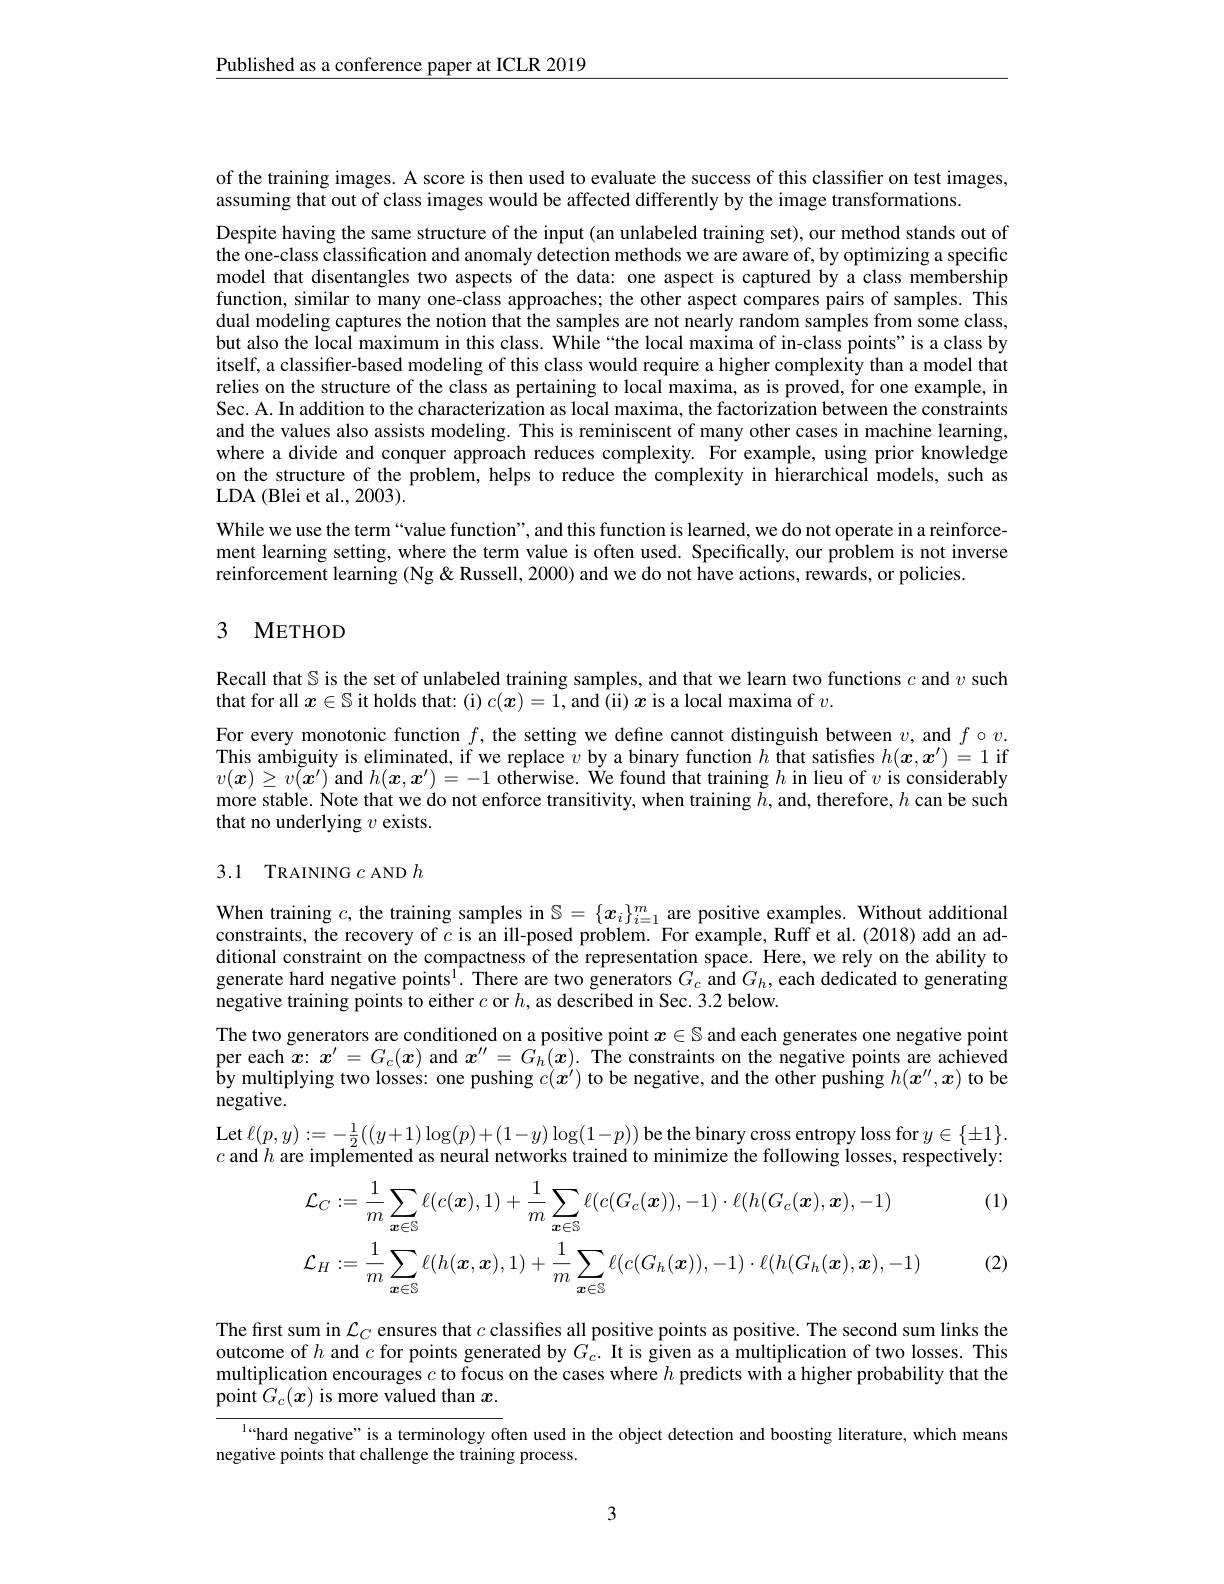
$\underline{\text{Published as a conference paper at ICLR 2019}}$

of the training images. A score is then used to evaluate the success of this classifier on test images,
assuming that out of class images would be affected differently by the image transformations.

Despite having the same structure of the input (an unlabeled training set), our method stands out of the one-class classification and anomaly detection methods we are aware of, by optimizing a specific model that disentangles two aspects of the data: one aspect is captured by a class membership function, similar to many one-class approaches; the other aspect compares pairs of samples. This dual modeling captures the notion that the samples are not nearly random samples from some class, but also the local maximum in this class. While “the local maxima of in-class points" is a class by itself, a classifier-based modeling of this class would require a higher complexity than a model that relies on the structure of the class as pertaining to local maxima, as is proved, for one example, in Sec. A. In addition to the characterization as local maxima, the factorization between the constraints and the values also assists modeling. This is reminiscent of many other cases in machine learning, where a divide and conquer approach reduces complexity. For example, using prior knowledge on the structure of the problem, helps to reduce the complexity in hierarchical models, such as LDA (Blei et al., 2003).
While we use the term“value function”, and this function is learned, we do not operate in a reinforcement learning setting, where the term value is often used. Specifically, our problem is not inverse reinforcement learning (Ng &Russell, 2000) and we do not have actions, rewards, or policies.

## 3 METHOD

Recall that $\mathbb{S}$ is the set of unlabeled training samples, and that we learn two functions $c$ and $v$ such
that for all $x\in\mathbb{S}$ it holds that: (i) $c(\boldsymbol{x})=1$, and (ii) $\boldsymbol{x}$ is a local maxima of $v.$
For every monotonic function $f$, the setting we define cannot distinguish between $v$, and $f\circ v.$ This ambiguity is eliminated, if we replace $v$ by a binary function $h$ that satisfies $h(\boldsymbol{x},\boldsymbol{x}^{\prime})=1$ if $v(\boldsymbol{x})\geq v\tilde{(\boldsymbol{x}^{\prime})}$ and $h(\boldsymbol{x},\boldsymbol{x}^{\prime})=-1$ otherwise. We found that training $h$ in lieu of $v$ is considerably more stable. Note that we do not enforce transitivity, when training $\tilde{h}$, and, therefore, $h$ can be such that no underlying $v$ exists.

## 3.1 TRAINING $c$ AND $h$

When training $c$, the training samples in $\mathbb{S}=\{x_i\}_{i=1}^m$ are positive examples. Without additional constraints, the recovery of $c$ is an ill-posed problem. For example, Ruff et al.(2018) add an additional constraint on the compactness of the representation space. Here, we rely on the ability to generate hard negative points$^{\mathrm{l}}.$ There are two generators $G_c$ and $G_h$, each dedicated to generating negative training points to either $c$ or $h$, as described in Sec. 3.2 below.
The two generators are conditioned on a positive point $x\in\mathbb{S}$ and each generates one negative point per each $x:x^\prime=G_c(x)$ and $x^{\prime\prime}=G_h(x).$ The constraints on the negative points are achieved $\hat{\text{by multiplying two losses: one pushing }c(x^{\prime})\text{ to be negative, and the other pushing }h(x^{\prime\prime},x)\text{ to be}}$ negative.
$\operatorname{Let}\ell(p,y):=-\frac12((y+1)\log(p)+(1-y)\log(1-p))$ be the binary cross entropy loss for $y\in\{\pm1\}.$ $c$ and $h\bar\text{ are implemented as neural networks trained to minimize the following losses, respectively:}$

(1)
$$\mathcal{L}_{C}:=\frac{1}{m}\sum_{\boldsymbol{x}\in\mathbb{S}}\ell(c(\boldsymbol{x}),1)+\frac{1}{m}\sum_{\boldsymbol{x}\in\mathbb{S}}\ell(c(G_{c}(\boldsymbol{x})),-1)\cdot\ell(h(G_{c}(\boldsymbol{x}),\boldsymbol{x}),-1)\\\mathcal{L}_{H}:=\frac{1}{m}\sum_{\boldsymbol{x}\in\mathbb{S}}\ell(h(\boldsymbol{x},\boldsymbol{x}),1)+\frac{1}{m}\sum_{\boldsymbol{x}\in\mathbb{S}}\ell(c(G_{h}(\boldsymbol{x})),-1)\cdot\ell(h(G_{h}(\boldsymbol{x}),\boldsymbol{x}),-1)$$
(2)

The first sum in $\mathcal{L}_C$ ensures that $c$ classifies all positive points as positive. The second sum links the outcome of $h$ and $c$ for points generated by $G_c.$ It is given as a multiplication of two losses. This multiplication encourages $c$ to focus on the cases where $h$ predicts with a higher probability that the point $G_c(\boldsymbol{x})$ is more valued than $x.$
l“hard negative” is a terminology often used in the object detection and boosting literature, which means
negative points that challenge the training process.

3